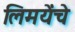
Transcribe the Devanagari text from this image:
लिमयेंंचे